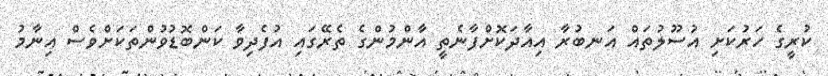
ކުރީގެ ހަރުކަށި އުސޫލުތައް އަނބުރާ އިއާދަކޮށްފާނެތީ އާންމުންގެ ތެރޭގައި އުފެދިވާ ކަންބޮޑުވުންތަކަށްވެސް އިނާމު